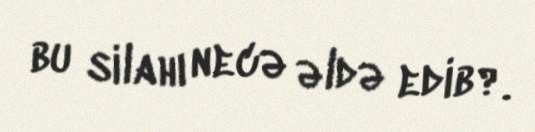
bu silahı necə əldə edib?.